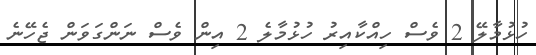
ހުޅުމާލޭ 2 ވެސް ހިއްކާއިރު ހުޅުމާލެ 2 އިން ވެސް ނަންގަވަން ޖެހޭނެ